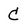
Character: C